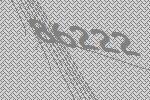
86222